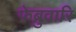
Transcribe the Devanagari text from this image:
फेब्रुवारि